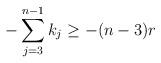
LaTeX: \begin{align*}- \sum\limits_{j =3}^{n-1} k_j \geq -(n-3)r\end{align*}